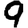
Digit: 9